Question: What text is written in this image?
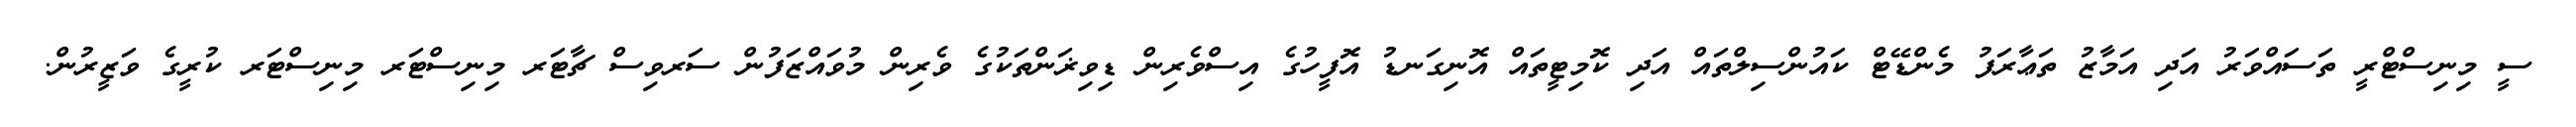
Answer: ސީ މިނިސްޓްރީ ތަސައްވަރު އަދި އަމާޒު ތަޢާރަފު މެންޑޭޓް ކައުންސިލްތައް އަދި ކޮމިޓީތައް އޮނިގަނޑު އޮފީހުގެ އިސްވެރިން ޑިވިޜަންތަކުގެ ވެރިން މުވައްޒަފުން ސަރވިސް ޗާޓަރ މިނިސްޓަރ މިނިސްޓަރ ކުރީގެ ވަޒީރުން.